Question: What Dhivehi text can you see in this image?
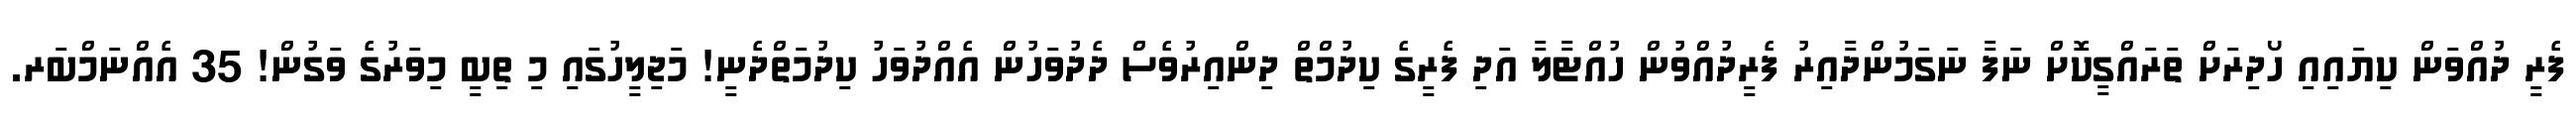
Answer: ފެރީ ދުއްވަން ކިޔައިއި ހޯދިރަށް ތަރައްގީކޮށް ނަފާ ނަގަމުންދާއިރު ފެރީދުއްވުން ހުއްޓާލާ އަދި ފެރީގެ ކިދުމްތް ދިންއިރުވެސް ދެދުވަހުން އެއްދުވަހު ކިދުމަތްދެނީ! މަޖިލީހުގައި މި ތިބީ މިވަރުގެ ވަގުން! 35 އެއްނަމްބަރ.